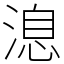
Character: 㴧